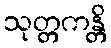
သုတ္တကန္တိ